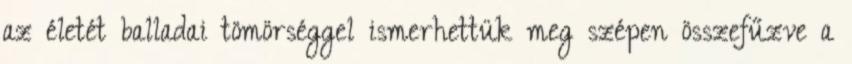
az életét balladai tömörséggel ismerhettük meg szépen összefűzve a